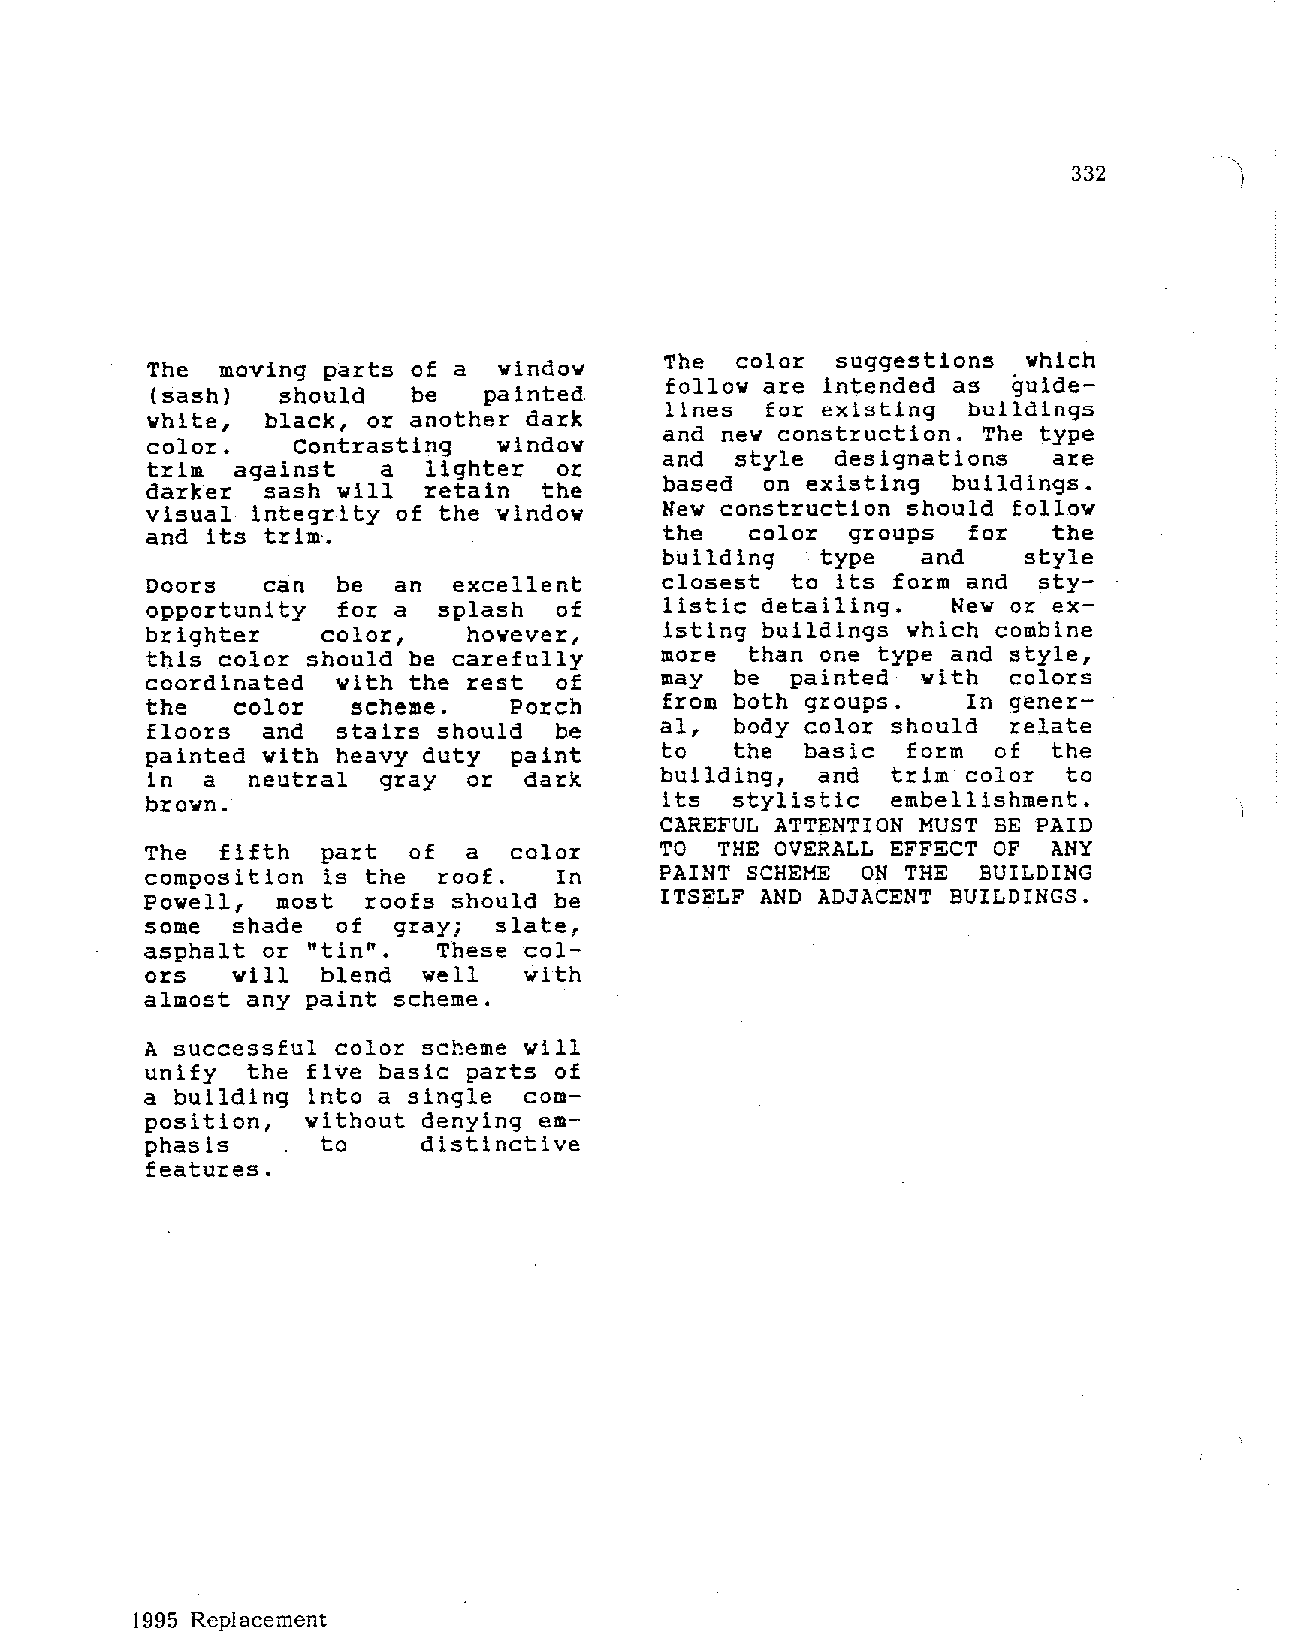
332
 The  color suggestions  which
 The moving parts of a  window
 follow are intended as guide
 (sash)  should   be   painted
 lines  for existing buildings
 white,  black, or another dark
 and new construction. The type
 color.   Contrasting   window
 and  style designations   are
 trim against   a  lighter  or
 based on existing  buildings.
 darker sash will  retain  the
 visual integrity of the window    New construction should follow
 and its trim·.                    the  color  groups  for   the
 building  type   and    style
 Doors  can  be  an  excellent     closest to its form and  sty
 opportunity for a  splash  of     listic detailing.  New or ex
 brighter   color,    however,     isting buildings which combine
 this color should be carefully    more  than one type and style,
 coordinated with the rest  of     may  be painted  with  colors
 the  color   scheme.    Porch     from both groups.   In gener
 floors and  stairs should  be     al,  body color should relate
 painted with heavy duty paint     to  the  basic  form  of  the
 in a  neutral  gray  or  dark     building, and  trim color to
 brown.                            its stylistic  embellishment.
 CAREFUL ATTENTION MUST BE PAID
 The fifth  part  of  a  color     TO THE OVERALL EFFECT OF  ANY
 composition is the roof.   In     PAINT SCHEME ON THE  BUILDING
 Powell, most  roofs should be     ITSELF AND ADJACENT BUILDINGS.
 some shade  of  gray;  slate,
 asphalt or "tin".  These col
 ors  will  blend  well   with
 almost any paint scheme.
 A successful color scheme will
 unify the five basic parts of
 a building into a single com
 position, without denying em
 phasis     to     distinctive
 features.
 1995 Replacement